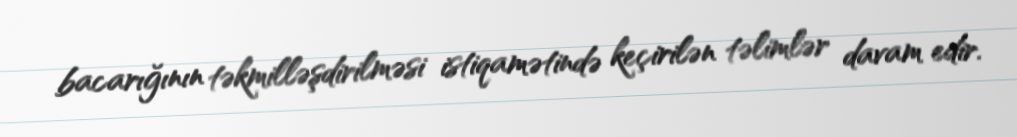
bacarığının təkmilləşdirilməsi istiqamətində keçirilən təlimlər davam edir.